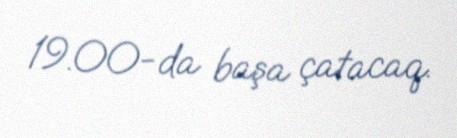
19.00-da başa çatacaq.